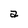
Character: a